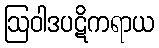
ဩဝါဒပဋိကရာယ